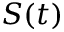
S ( t )